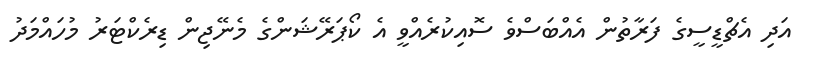
އަދި އެޗްޑީސީގެ ފަރާތުން އެއްބަސްވެ ސޮއިކުރެއްވީ އެ ކޯޕަރޭޝަންގެ މެނޭޖިން ޑިރެކްޓަރު މުހައްމަދު